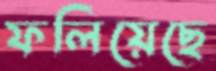
ফলিয়েছে